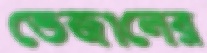
ভেজালের